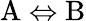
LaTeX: \mathrm{A}\Leftrightarrow\mathrm{B}